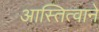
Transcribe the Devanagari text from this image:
आस्तित्वाने